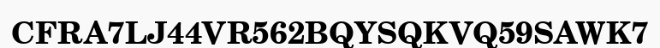
CFRA7LJ44VR562BQYSQKVQ59SAWK7